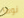
نوفا